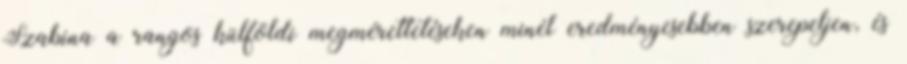
Szabina a rangos külföldi megmérettetéseken minél eredményesebben szerepeljen, és